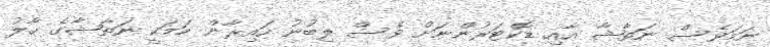
ނަމަވެސް ނަތާޝާ އާއި ޑޮކްޓަރުންނަށް ވެސް ލިބުނު ހައިރާން ކަމަކީ ނަތާޝާގެ ހާލު